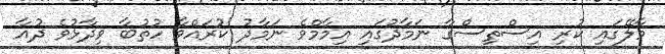
މާލޭގައި ކުރި އިސްތިސްގާ ނަމާދުގައި އިމާމްވެ ނަމާދު ކުރައްވާ ހުތުބާ ވިދާޅުވެ ދުއާ